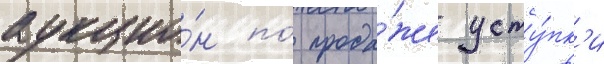
аукцио́н по́ прода́же усту́пк'и